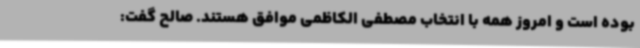
بوده است و امروز همه با انتخاب مصطفی الکاظمی موافق هستند. صالح گفت: